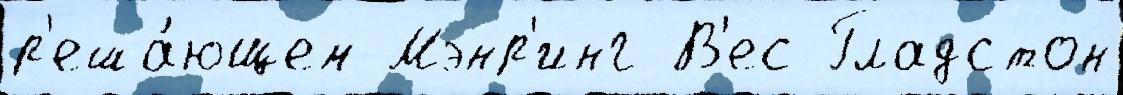
р'еша́ющем Мэнр'инг В'ес Гладстон